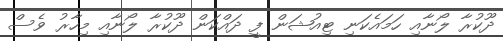
ދޫކުރާ ލޯނާއި ހަމައެކަނި ޓިއުޝަން ފީ ދައްކަން ދޫކުރާ ލޯނާއި މިހާރު ވެސް